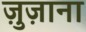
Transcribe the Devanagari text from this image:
ज़ुज़ाना